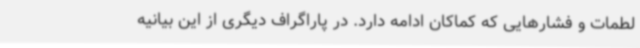
لطمات و فشارهایی که کماکان ادامه دارد. در پاراگراف دیگری از این بیانیه